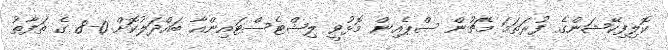
ކޮލިފިކޭޝަންގެ ފުރަތަމަ މެޗުން ސްޕެއިން މޮޅުވީ ލިޝްޓެސްޓައިންއާ ބައްދަލުކޮށް 0-8 ގެ ތަފާތު